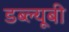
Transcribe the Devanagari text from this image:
डब्ल्यूबी